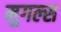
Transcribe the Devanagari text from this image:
मुगल्स